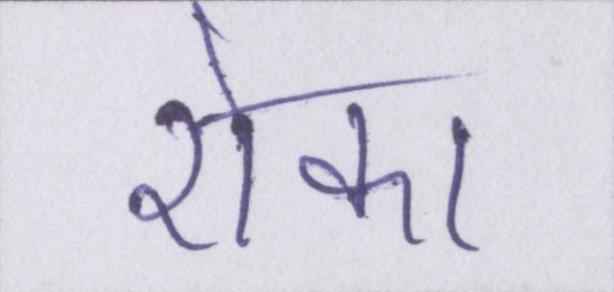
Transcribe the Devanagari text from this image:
रोका